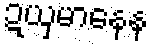
ဍယှမာနေန